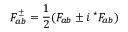
F _ { a b } ^ { \pm } = { \frac { 1 } { 2 } } ( F _ { a b } \pm i \, { ^ { \star } F _ { a b } } )